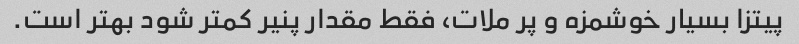
پیتزا بسیار خوشمزه و پر ملات، فقط مقدار پنیر کمتر شود بهتر است.